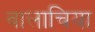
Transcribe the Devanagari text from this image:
वालाचिया